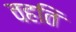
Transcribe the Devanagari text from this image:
वहति